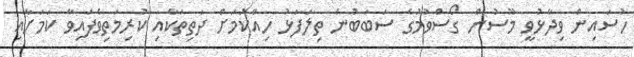
ހުސައިން ވިދާޅުވީ މޫސުން ގޯސްވުމުގެ ސަބަބުން ތިލަފަޅު ހިއްކުމަށް ދަތިތަކާއި ކުރިމަތިވެފައިވާ ކަމަށާއި